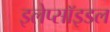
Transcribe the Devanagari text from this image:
इलेप्सॉइडल